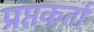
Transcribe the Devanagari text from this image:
प्रप्तकर्ता